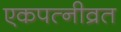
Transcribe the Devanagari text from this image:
एकपत्‍नीव्रत